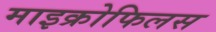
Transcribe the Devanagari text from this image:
माइक्रोफिलस